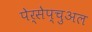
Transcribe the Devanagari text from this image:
पेर्सेप्चुअल